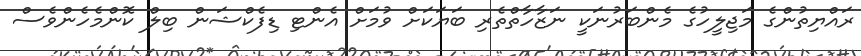
ރައްޔިތުންގެ މަޖިލީހުގެ މެންބަރުނަކީ ނަޒާހާތްތެރި ބަޔަކަށް ވުމަށް އެންޓި ޑިފެކްޝަން ބިލް ކޮންމެހެންވެސް